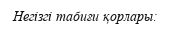
Негізгі табиғи қорлары: